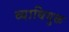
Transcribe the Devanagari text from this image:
व्याधियुक्त